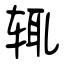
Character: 辄